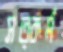
সত্কর্ম